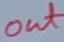
Text: out